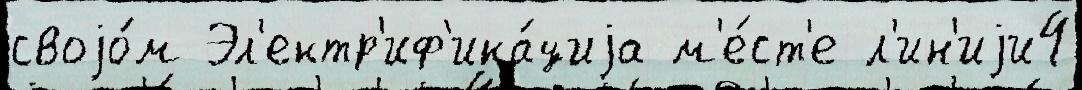
своjо́м Эл'ектр'иф'ика́циjа м'е́ст'е л'ин'иjи4